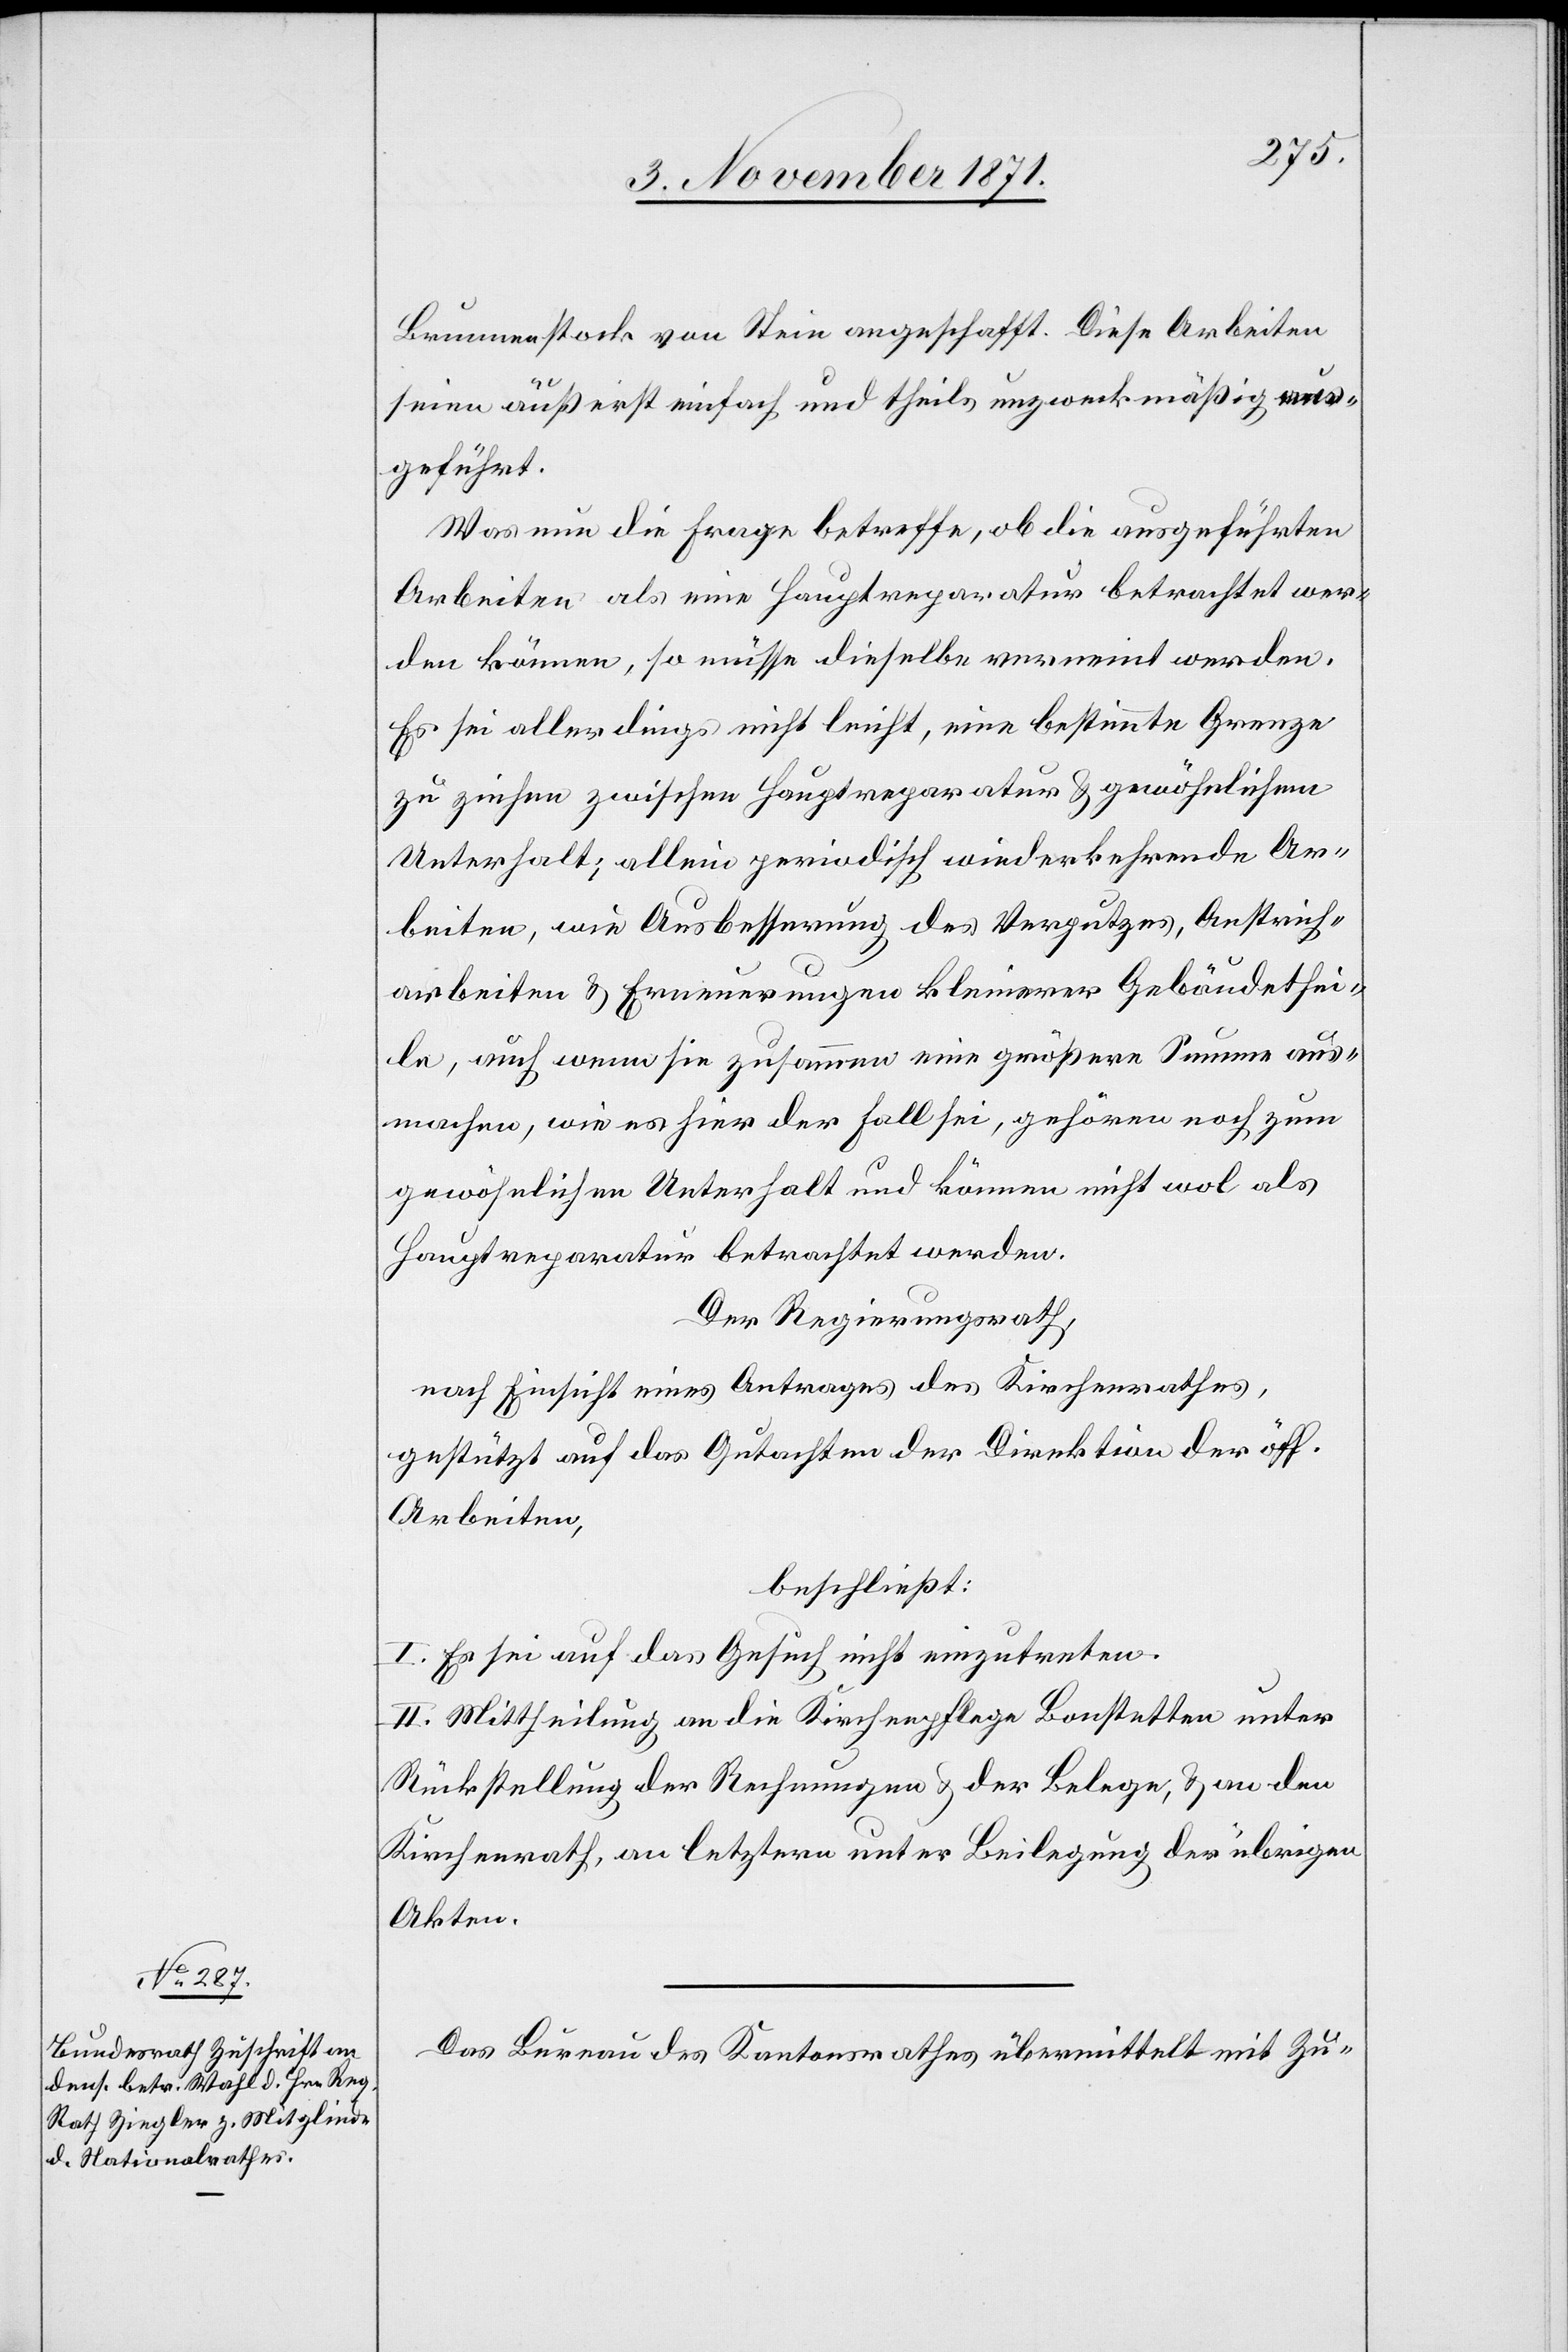
Brunnenstock von Stein angeschafft. Diese Arbeiten
seien äußerst einfach und theils unzweckmäßig
geführt.
Was nun die Frage betreffe, ob die ausgeführten
Arbeiten als eine Hauptreparatur betrachtet wer¬
den können, so müsse dieselbe verneint werden.
Es sei allerdings nicht leicht, eine bestimmte Grenze
zu ziehen zwischen Hauptreparatur & gewöhnlichem
Unterhalt; allein periodisch wiederkehrende Ar¬
beiten, wie Ausbesserung des Verputzes, Anstreich¬
arbeiten & Erneuerungen kleinerer Gebäudethei¬
le, auch wenn sie zusammen eine größere Summe aus¬
machen, wie es hier der Fall sei, gehören noch zum
gewöhnlichen Unterhalt und können nicht wol als
Hauptreparatur betrachtet werden.
Der Regierungsrath,
nach Einsicht eines Antrages des Kirchenrathes,
gestützt auf das Gutachten der Direktion der öff.
Arbeiten,
beschließt:
I. Es sei auf das Gesuch nicht einzutreten.
II. Mittheilung an die Kirchenpflege Bonstetten unter
Rückstellung der Rechnungen & der Belege, & an den
Kirchenrath, an letztern unter Beilegung der übrigen
Akten.
Das Bureau des Kantonsrathes übermittelt mit Zu-